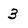
Character: 3